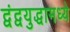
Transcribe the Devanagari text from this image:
द्वंद्वयुद्धामध्ये